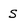
Character: S